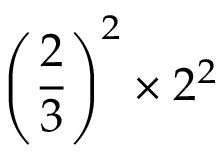
\left( { \frac { 2 } { 3 } } \right) ^ { 2 } \times 2 ^ { 2 }